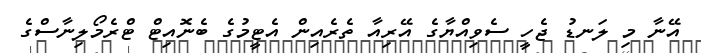
އޭނާ މި ލަނޑު ޖެހީ ސެވިއްޔާގެ އޭރިއާ ތެރެއިން އެޓީމުގެ ބެނޮއިޓް ޓްރެމޯލިނާސްގެ